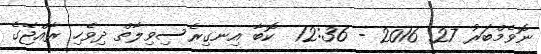
ނޮވެމްބަރު 27